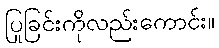
ပြုခြင်းကိုလည်းကောင်း။